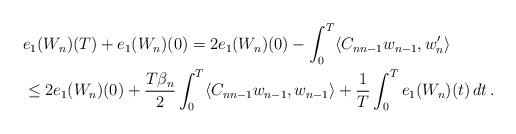
LaTeX: \begin{align*}&e_1(W_n)(T) + e_1(W_n)(0)=2 e_1(W_n)(0) - \int_0^T \langle C_{n n-1} w_{n-1}, w_n^{\prime}\rangle\\& \le 2 e_1(W_n)(0) +\frac{T\beta_n}{2} \int_0^T \langle C_{n n-1} w_{n-1}, w_{n-1} \rangle +\frac{1}{T}\int_0^T e_1(W_n) (t)\,dt \,.\end{align*}